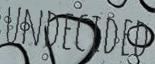
UNDECIDED